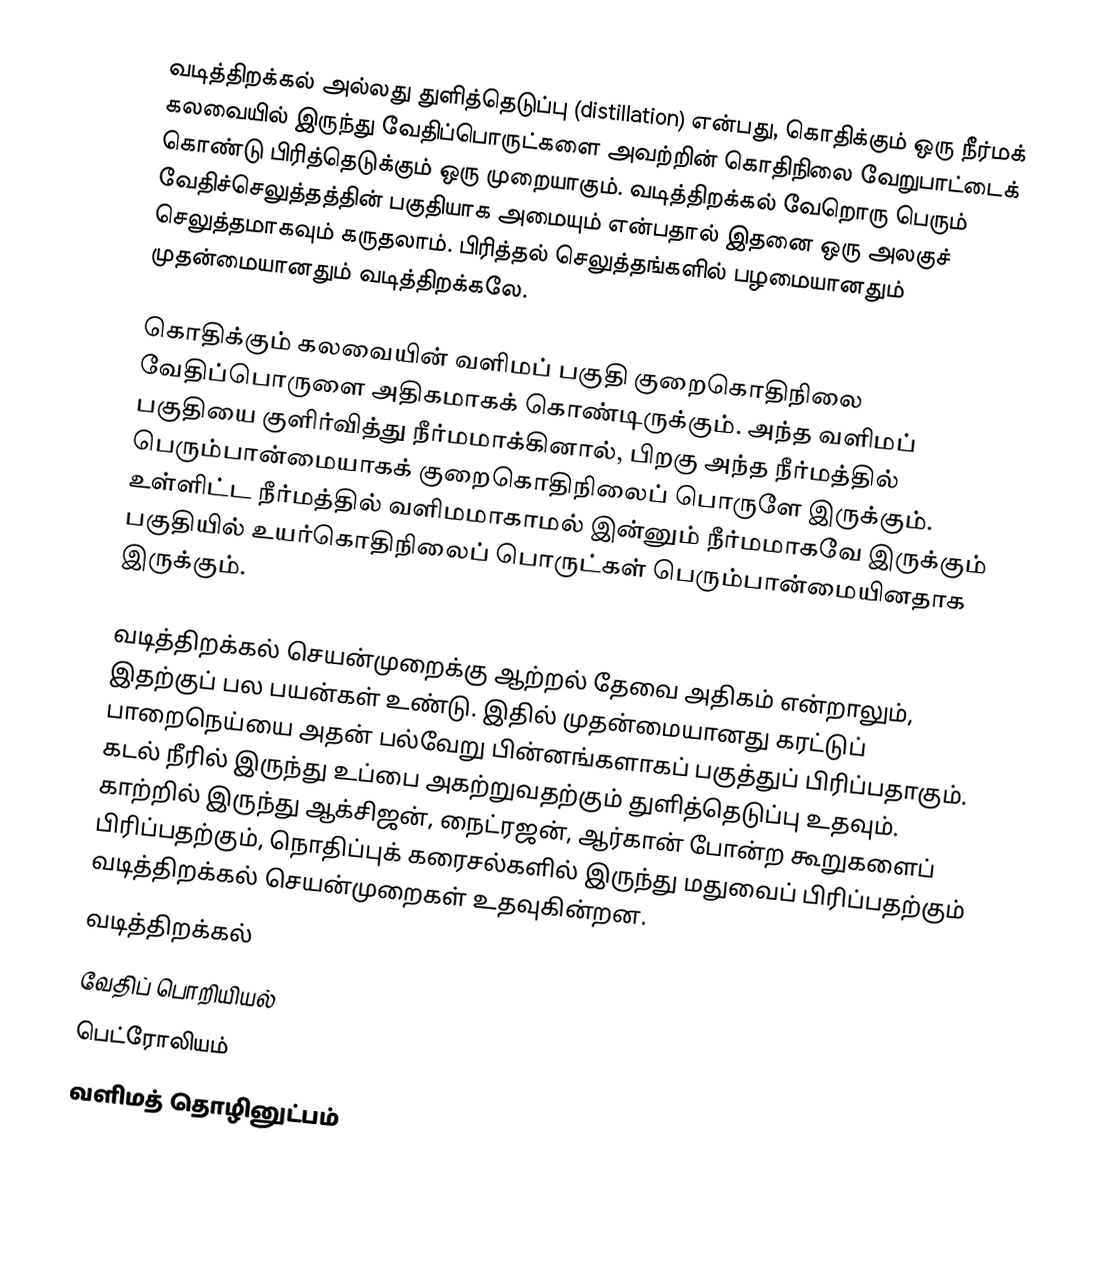
வடித்திறக்கல் அல்லது துளித்தெடுப்பு  (distillation) என்பது, கொதிக்கும் ஒரு நீர்மக் கலவையில் இருந்து வேதிப்பொருட்களை அவற்றின் கொதிநிலை வேறுபாட்டைக் கொண்டு பிரித்தெடுக்கும் ஒரு முறையாகும். வடித்திறக்கல் வேறொரு பெரும் வேதிச்செலுத்தத்தின் பகுதியாக அமையும் என்பதால் இதனை ஒரு அலகுச் செலுத்தமாகவும் கருதலாம். பிரித்தல் செலுத்தங்களில் பழமையானதும் முதன்மையானதும் வடித்திறக்கலே.

கொதிக்கும் கலவையின் வளிமப் பகுதி குறைகொதிநிலை வேதிப்பொருளை அதிகமாகக் கொண்டிருக்கும். அந்த வளிமப் பகுதியை குளிர்வித்து நீர்மமாக்கினால், பிறகு அந்த நீர்மத்தில் பெரும்பான்மையாகக் குறைகொதிநிலைப் பொருளே இருக்கும். உள்ளிட்ட நீர்மத்தில் வளிமமாகாமல் இன்னும் நீர்மமாகவே இருக்கும் பகுதியில் உயர்கொதிநிலைப் பொருட்கள் பெரும்பான்மையினதாக இருக்கும்.

வடித்திறக்கல் செயன்முறைக்கு ஆற்றல் தேவை அதிகம் என்றாலும், இதற்குப் பல பயன்கள் உண்டு. இதில் முதன்மையானது கரட்டுப் பாறைநெய்யை அதன் பல்வேறு பின்னங்களாகப் பகுத்துப் பிரிப்பதாகும். கடல் நீரில் இருந்து உப்பை அகற்றுவதற்கும் துளித்தெடுப்பு உதவும். காற்றில் இருந்து ஆக்சிஜன், நைட்ரஜன், ஆர்கான் போன்ற கூறுகளைப் பிரிப்பதற்கும், நொதிப்புக் கரைசல்களில் இருந்து மதுவைப் பிரிப்பதற்கும் வடித்திறக்கல் செயன்முறைகள் உதவுகின்றன.
வடித்திறக்கல்
வேதிப் பொறியியல்
பெட்ரோலியம்
வளிமத் தொழினுட்பம்